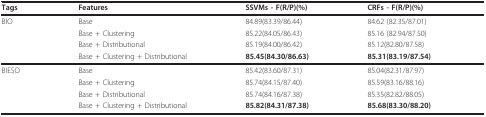
| Tags | Features | SSVMs - F(R/P)(%) | CRFs - F(R/P)(%) |
 | --- | --- | --- | --- |
 | BIO | Base | 84.89(83.39/86.44) | 84.62 (82.35/87.01) |
 |  | Base + Clustering | 85.22(84.05/86.43) | 85.16 (82.94/87.50) |
 |  | Base + Distributional | 85.19(84.00/86.42) | 85.12(82.80/87.58) |
 |  | Base + Clustering + Distributional | 85.45(84.30/86.63) | 85.31(83.19/87.54) |
 | BIESO | Base | 85.42(83.60/87.31) | 85.04(82.31/87.97) |
 |  | Base + Clustering | 85.74(84.15/87.40) | 85.59(83.16/88.16) |
 |  | Base + Distributional | 85.74(84.16/87.38) | 85.35(82.82/88.05) |
 |  | Base + Clustering + Distributional | 85.82(84.31/87.38) | 85.68(83.30/88.20) |